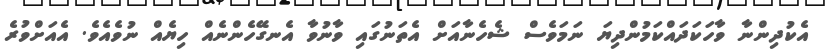
އެކުދިންނާ ވާހަކަދައްކަމުންދިޔަ ނަމަވެސް ޝެހެނާއަށް އެތަނުގައި ވާނުވާ އެނގޭހެންނެއް ހިޔެއް ނުވެއެވެ. އެއަށްވުރެ